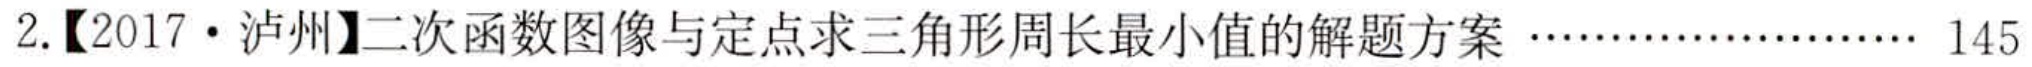
2.【2017·泸州】二次函数图像与定点求三角形周长最小值的解题方案……………… 145